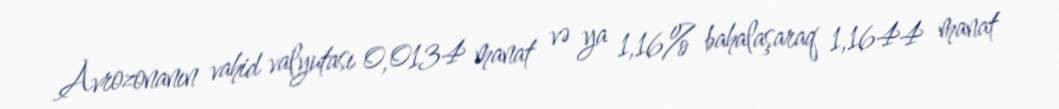
Avrozonanın vahid valyutası 0,0134 manat və ya 1,16% bahalaşaraq 1,1644 manat